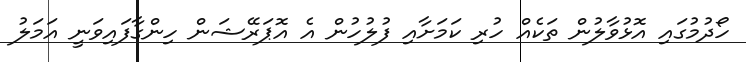
ހޯދުމުގައި އޮޅުވާލުން ތަކެއް ހުރި ކަމަށާއި ފުލުހުން އެ އޮޕަރޭޝަން ހިންގާފައިވަނީ އަމަލު